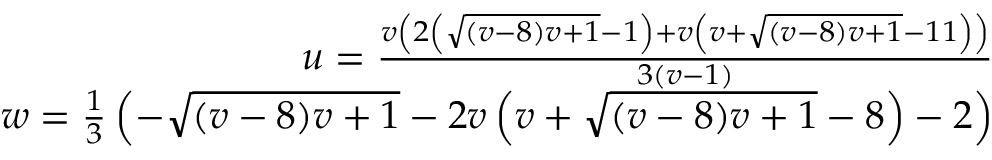
\begin{array} { r } { u = \frac { v \left( 2 \left( \sqrt { ( v - 8 ) v + 1 } - 1 \right) + v \left( v + \sqrt { ( v - 8 ) v + 1 } - 1 1 \right) \right) } { 3 ( v - 1 ) } } \\ { w = \frac { 1 } { 3 } \left( - \sqrt { ( v - 8 ) v + 1 } - 2 v \left( v + \sqrt { ( v - 8 ) v + 1 } - 8 \right) - 2 \right) } \end{array}